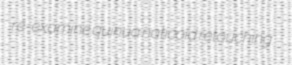
re-examine quinua naticoid retouching